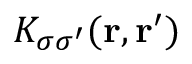
K _ { \sigma \sigma ^ { \prime } } ( { \bf r } , { \bf r ^ { \prime } } )